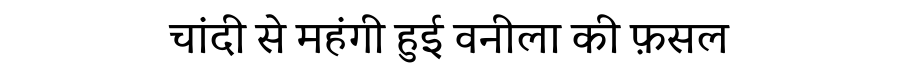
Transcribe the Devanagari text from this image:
चांदी से महंगी हुई वनीला की फ़सल